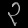
Digit: ၃